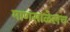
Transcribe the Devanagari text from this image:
माणसाळेलच